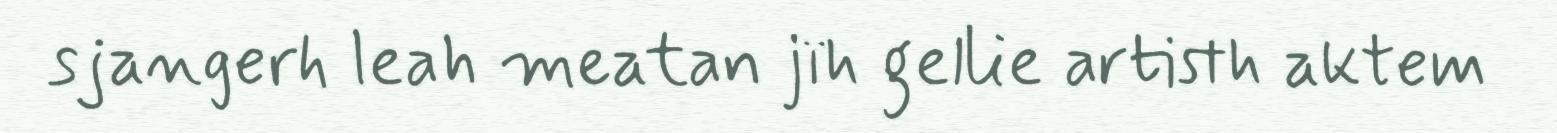
sjangerh leah meatan jïh gellie artisth aktem